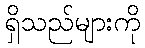
ရှိသည်များကို